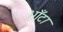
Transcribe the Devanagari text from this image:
भाँटा